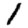
Digit: 1